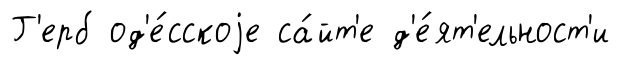
Г'ерб од'е́сскоjе са́йт'е д'е́ят'ельност'и